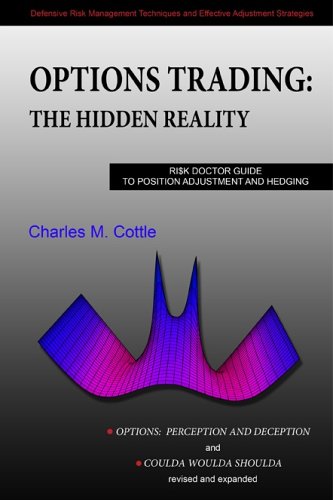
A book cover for Options Trading: The Hidden Reality - Ri$k Doctor Guide to Position Adjustment and Hedging ("Options: Perception and Deception" & "Coulda Woulda Shoulda" revised & expanded, Printed in Color); Charles M. Cottle; Business & Money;